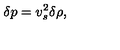
\delta p = v _ { s } ^ { 2 } \delta \rho ,